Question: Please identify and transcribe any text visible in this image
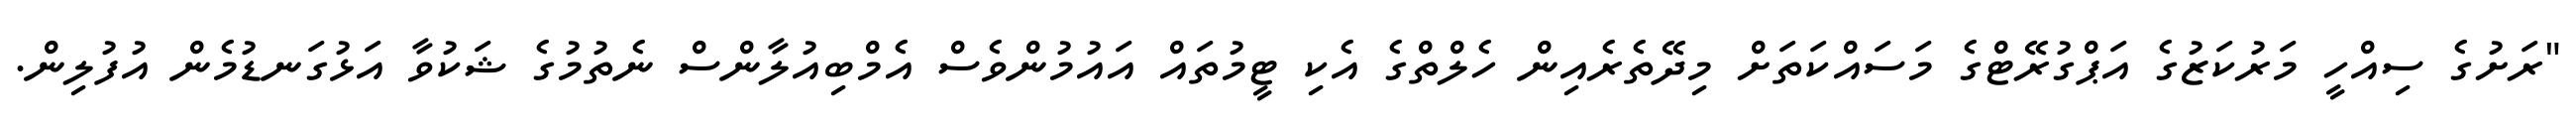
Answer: "ރަށުގެ ސިއްހީ މަރުކަޒުގެ އަޕްގުރޭޓްގެ މަސައްކަތަށް މިދޭތެރެއިން ހެލްތްގެ އެކި ޓީމުތައް އައުމުންވެސް އެމްބިއުލާންސް ނެތުމުގެ ޝަކުވާ އަޅުގަނޑުމެން އުފުލިން.